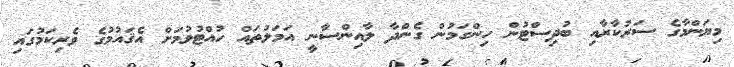
މިޔަންމާގެ ސަރުކާރާއި ބުދިސްޓުން ހިންގަމުން ގެންދާ ލާއިންސާނީ އަމަލުތައް ހުއްޓުވުމަށް އެޤައުމުގެ ވެރިކަމުގައި